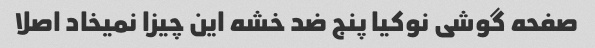
صفحه گوشی نوکیا پنج ضد خشه این چیزا نمیخاد اصلا